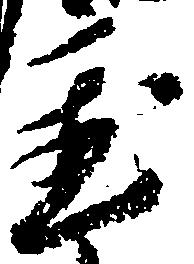
置